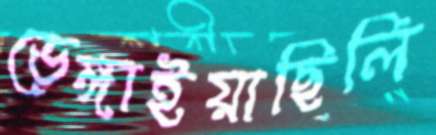
ভেঙ্গাইয়াছিলি